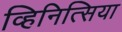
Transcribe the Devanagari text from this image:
व्हिनित्सिया